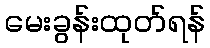
မေးခွန်းထုတ်ရန်